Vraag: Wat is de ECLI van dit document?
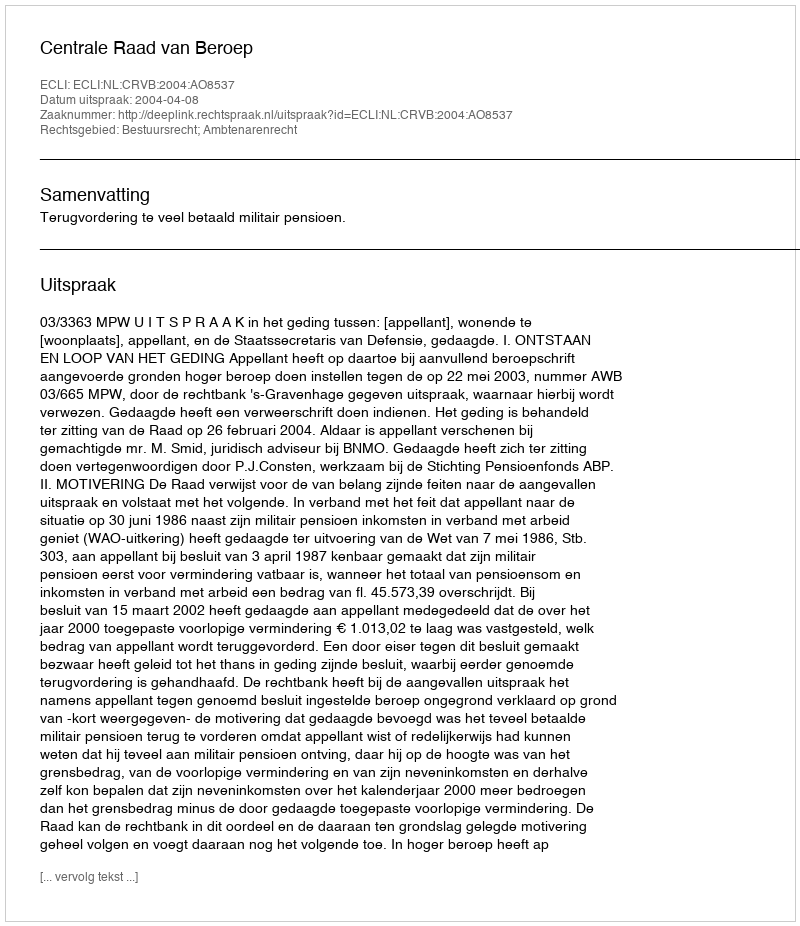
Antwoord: ECLI:NL:CRVB:2004:AO8537